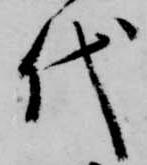
代